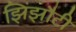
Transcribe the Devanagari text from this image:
झिंझौटी